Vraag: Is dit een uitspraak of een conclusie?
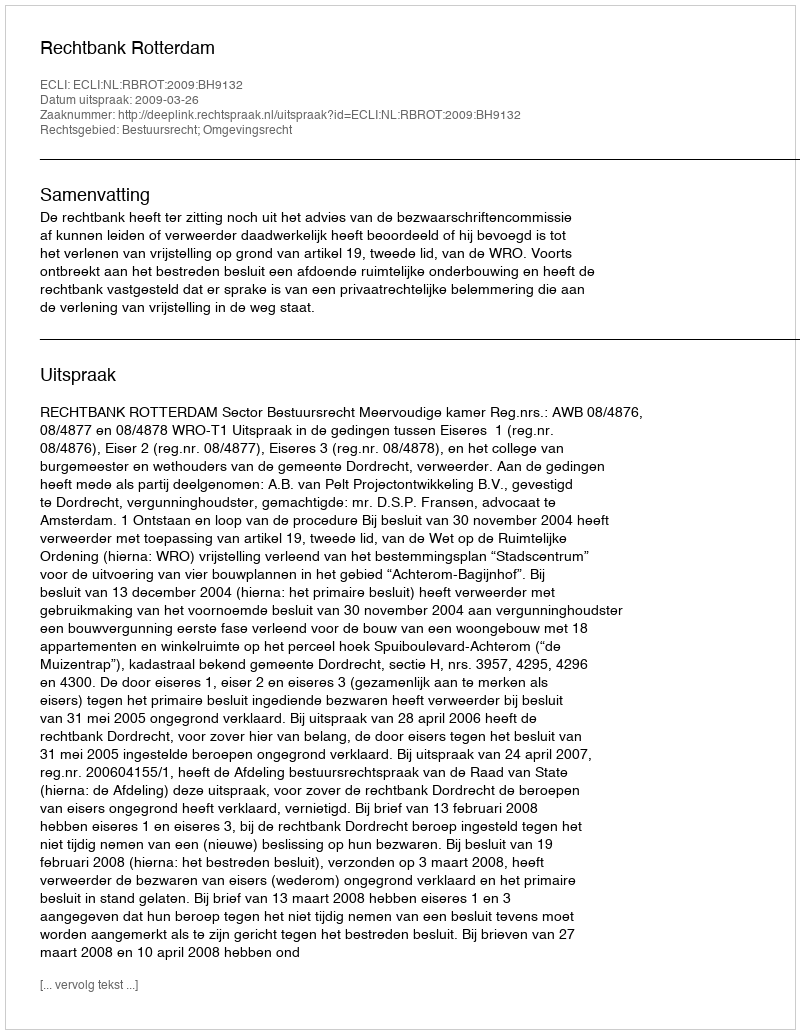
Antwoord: Uitspraak